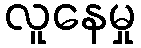
လူနေမှု